Indian journal of veterinary science and animal husbandry - Volume 1,
Year: 1931
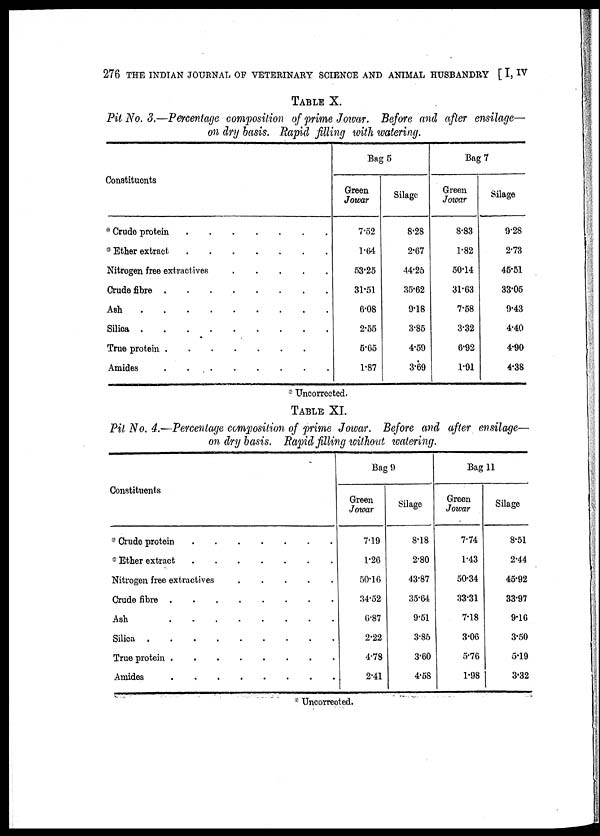
276 THE INDIAN JOURNAL OF VETERINARY SCIENCE AND ANIMAL HUSBANDRY [ I, IV
TABLE X.
Pit No. 3.—Percentage composition of prime Jowar. Before and after ensilage—
on dry basis. Rapid filling with watering.
Constituents
* Crude protein
* Ether extract
.
Nitrogen free extractives
Crude fibre......
Ash
Silica......
True protein
Amides
Bag 5
Green
Jowar
7.52
1.64
53.25
31.51
6.08
2.55
5.65
1.87
Silage
8.28
2.67
44.25
35.62
9.18
3.85
4.59
3.69
Bag 7
Green
Jowar
8.83
1.82
50.14
31.63
7.58
3.32
6.92
1.91
Silage
9.28
2.73
45.51
33.05
9.43
4.40
4.90
4.38
* Uncorrected.
TABLE XI.
Pit No. 4.—Percentage composition of prime Jowar. Before and after ensilage—
on dry basis. Rapid filling without watering.
Constituents
* Crude protein......
* Ehter extract.....
Nitrogen free extractives
.
.
.
.
.
Crude fibre.....
Ash......
Silica......
True protein......
Amides.......
Bag 9
Green
Jowar
7.19
1.26
50.16
34.52
6.87
2.22
4.78
2.41
Silage
8.18
2.80
43.87
35.64
9.51
3.85
3.60
4.58
Bag 11
Green
Jowar
7.74
1.43
50.34
33.31
7.18
3.06
5.76
1.98
Silage
8.51
2.44
45.92
33.97
9.16
3.50
5.19
3.32
* Uncorrected.